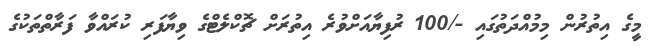
މީގެ އިތުރުން މިމުއްދަތުގައި -/100 ރުފިޔާއަށްވުރެ އިތުރަށް ޗޮކްލެޓްގެ ވިޔާފަރި ކުރައްވާ ފަރާތްތަކުގެ